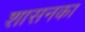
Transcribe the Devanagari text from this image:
शासनका